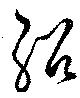
紹